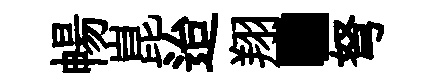
暢崑迨翔·弩